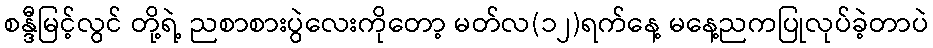
စန္ဒီမြင့်လွင် တို့ရဲ့ ညစာစားပွဲလေးကိုတော့ မတ်လ(၁၂)ရက်နေ့ မနေ့ညကပြုလုပ်ခဲ့တာပဲ